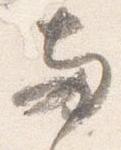
両